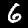
Label: 6